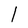
Character: 1